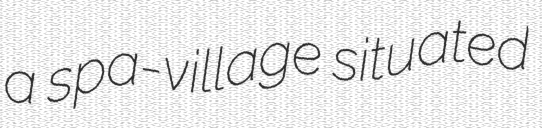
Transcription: a spa-village situated